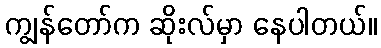
ကျွန်တော်က ဆိုးလ်မှာ နေပါတယ်။